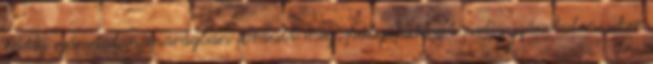
Eddig számtalan iparágban fordult meg, pályafutását pedig számtalan siker